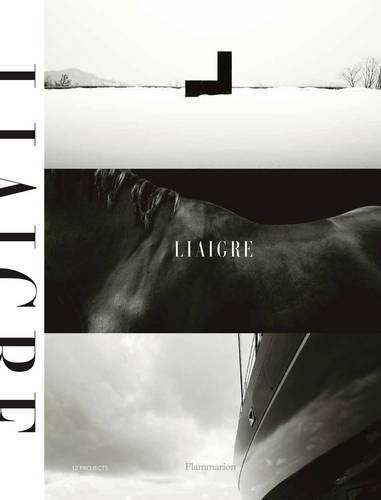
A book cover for Liaigre 12 Projects; Christian Liaigre; Crafts, Hobbies & Home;